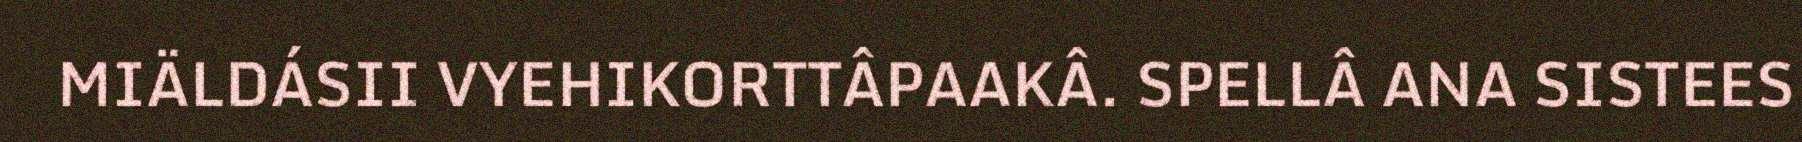
MIÄLDÁSII VYEHIKORTTÂPAAKÂ. SPELLÂ ANA SISTEES